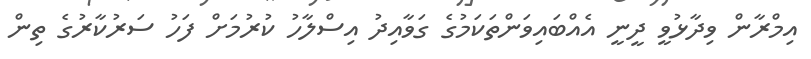
އިމްރާން ވިދާޅުވީ ދީނީ އެއްބައިވަންތަކަމުގެ ގަވާއިދު އިސްލާހު ކުރުމަށް ފަހު ސަރުކާރުގެ ތިން